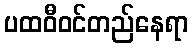
ပထဝီဝင်တည်နေရာ